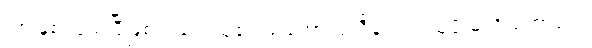
၁၈ နှစ် ပြည့်ပြီဖြစ်၍ ရှေးယု၏ သဘောတူညီချက် ရယူဖို့ မလို တော့ပေ။